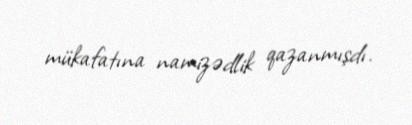
mükafatına namizədlik qazanmışdı.